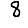
Digit: 8